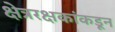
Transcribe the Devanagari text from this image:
क्षेत्ररक्षकांकडून